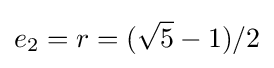
e_{2}=r=({\sqrt {5}}-1)/2